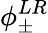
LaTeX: \phi_{\pm}^{LR}